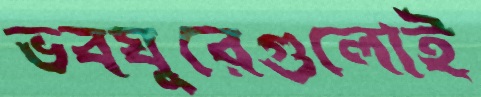
ভবঘুরেগুলোই